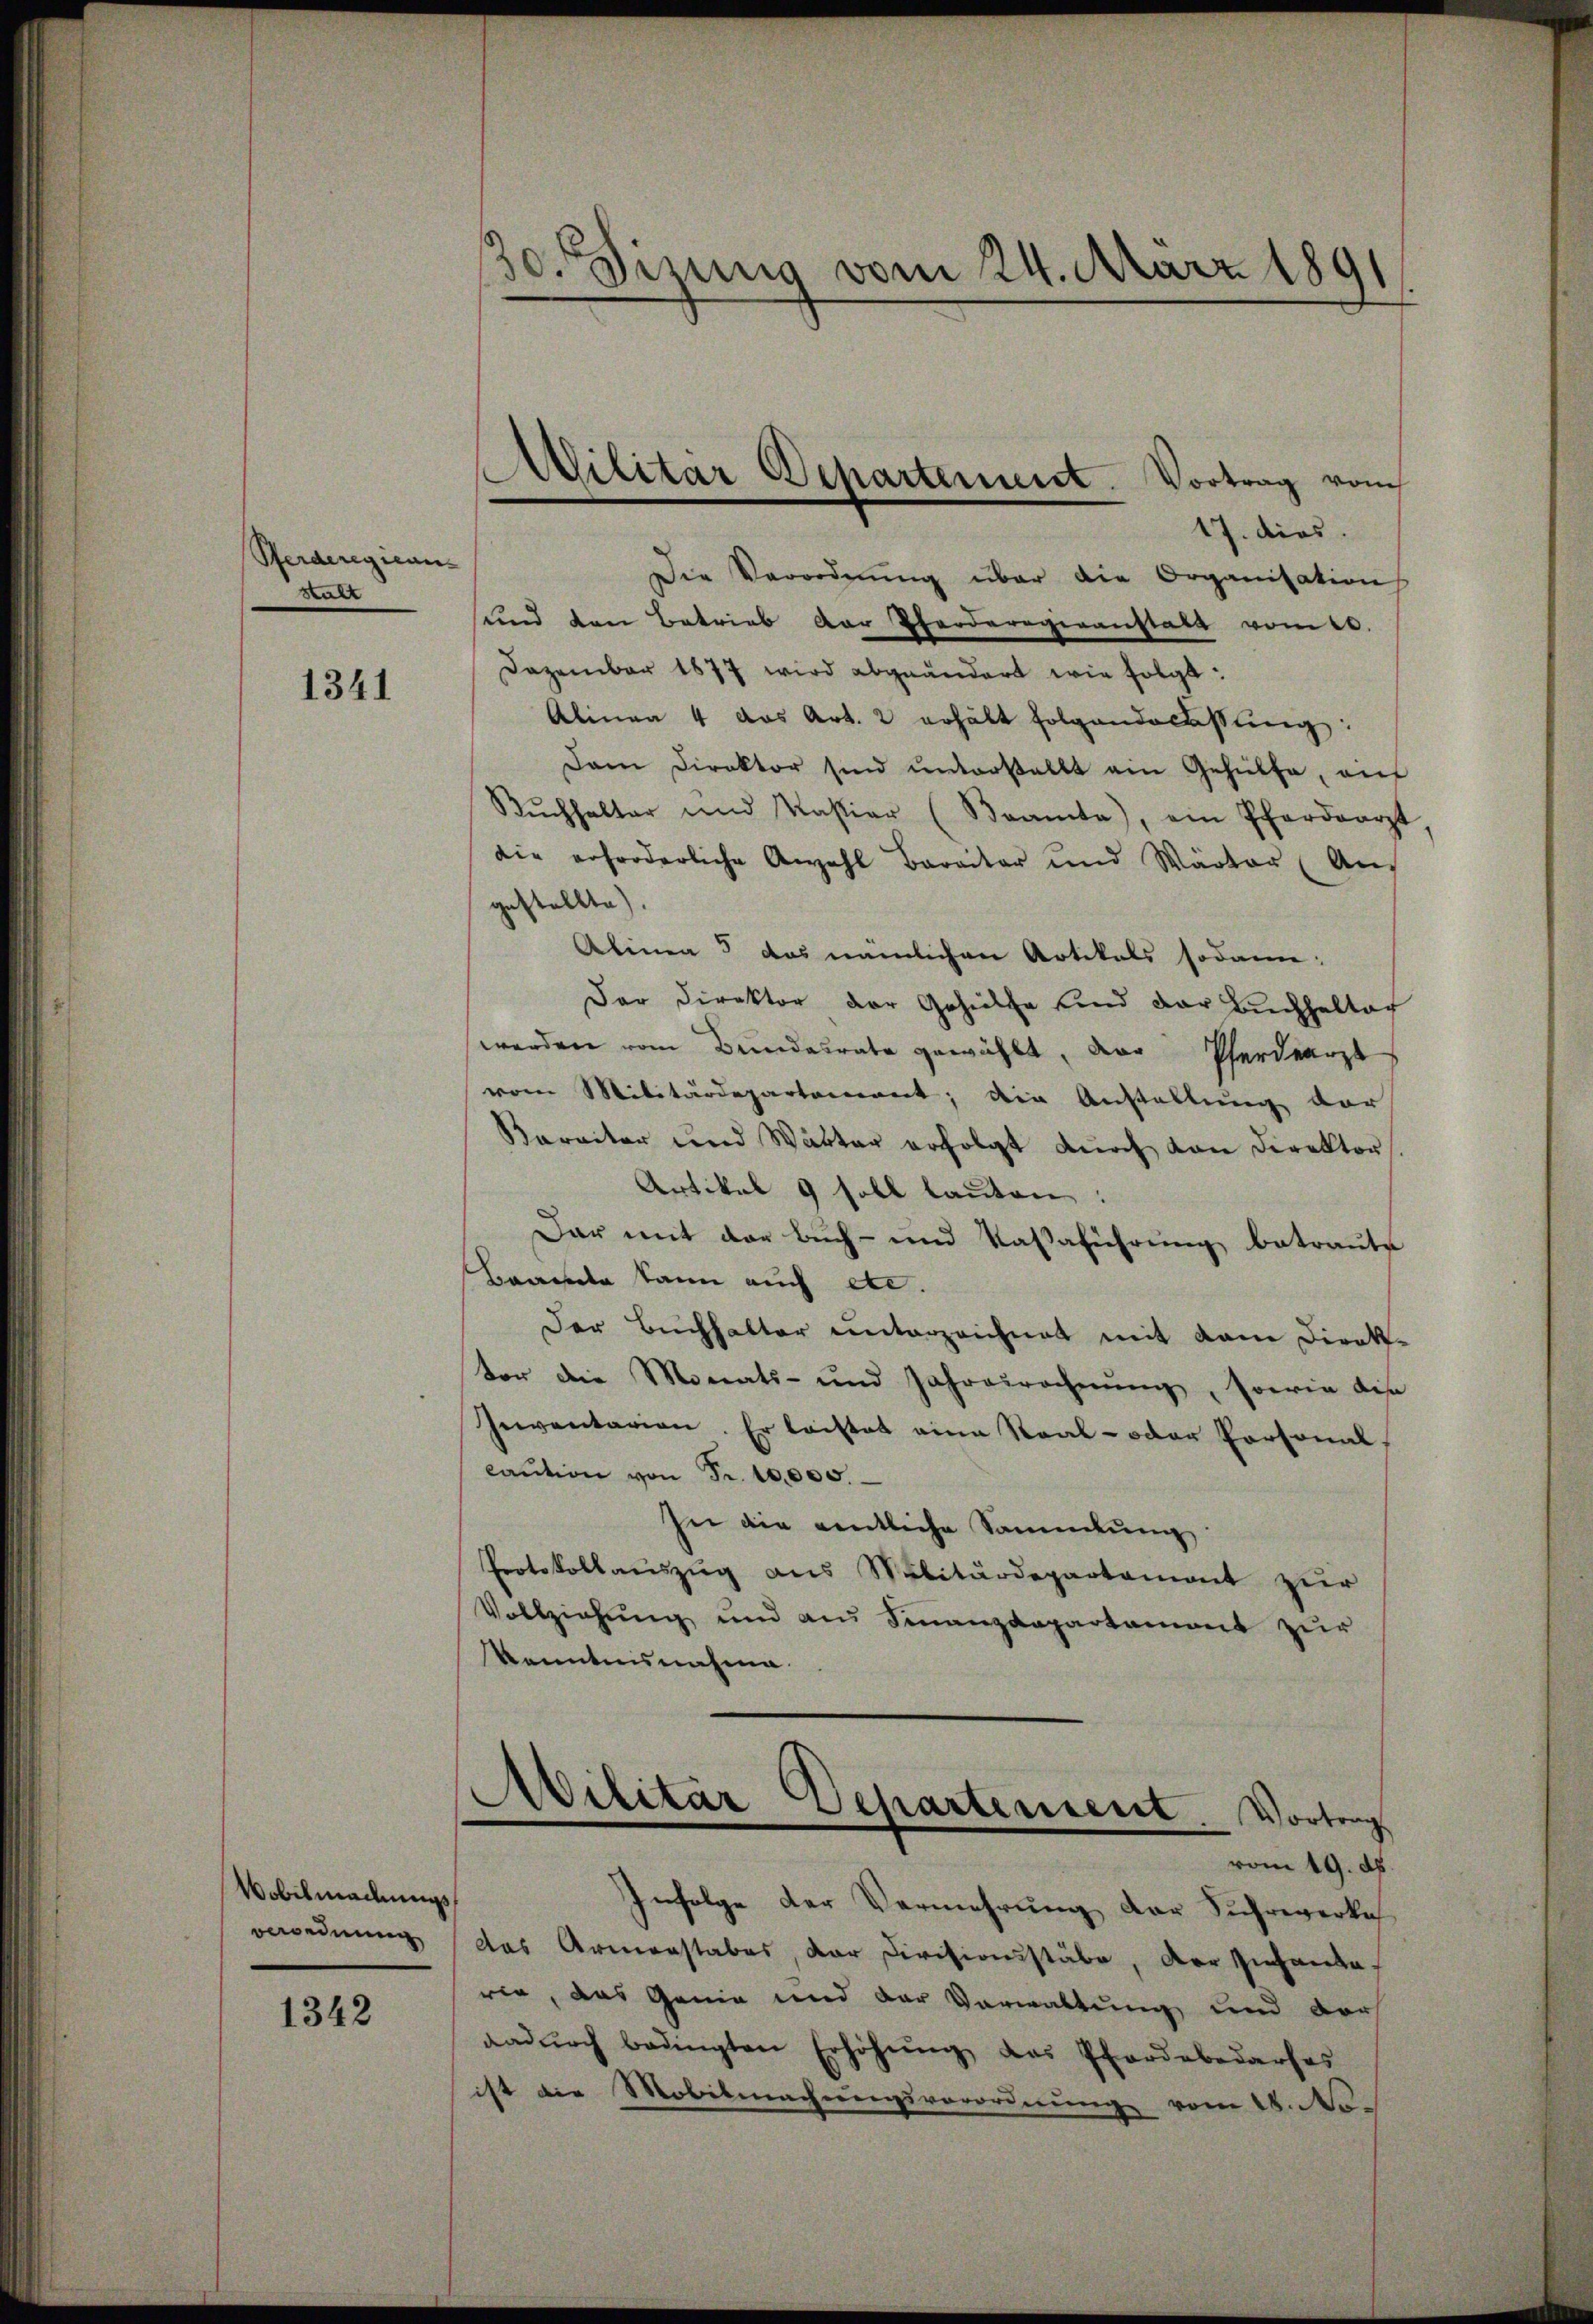
Pferderegieru
stalt

1341

Wobilmachungs
verordnung

1342

30. Dizung vom 24. März 1891

17. dies
Die Verordnŭng über die Organisation
und den Betrieb der Pferderogenanstalt vom 20.
Dezember 1877 wird abgeändert wie folgt:
Alinea 4 das Art. 2 erhält folgende assung:
Dam Direktor sind ŭnterstellt ein Gehülfe, auf
Rŭchhalter und Kastiar (Bramte), ein Pferdearzt
die erforderliche Anzahl Baraitar und Wärter (Aus
gestellte.
Alinea 5 das nämlichen Artikals sodann:
Der Direktor der Gehülfe und der Buchhaltag
werden vom Bundesrate gewählt, der Pferdearzt
vom Militärdepartement; die Anstellung vor
Karaiter und Wärter erfolgt dŭrch von Direktor.
Artikal 9 soll lauten:
Dar mit der Buch- und Kassaführung betraute
Brannte kann auch etc.
Der Buchhalter unterzeichnet mit dem Direk-
ter die Monats- und Jahresrechnŭng, sowie dis
Inventarian. Er laestat eine Staat- oder Personal,
caution von Fr. 10,000.
In die entliche Sammlung
Protokollauszug aus Salitärdepartemont zur
Vollziehung und am Finanzdepartament zur
kenntnisnahme.

Militar Departement. Vortrag vom

Militär Departement Vortrag
e

vom 19. d.
Infolge der Vermehrung der Sichreverkeh
das Armenstabes, der Divisionsstäbe, der Viehande.
rig, das Genie und der Verwaltung und der
dadŭrch bedingten Erhöhŭng das Pferdebedarfes
ist die Mobilmachungsverordnŭng vom 28. No